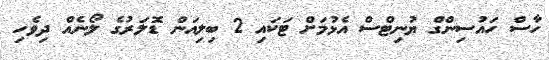
ހާސް ހައުސިންގް ޔުނިޓްސް އެޅުމަށް ޓަކައި 2 ބިލިއަން ޑޮލަރުގެ ލޯނެއް ދިވެހި